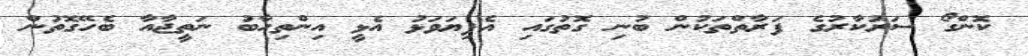
ކޮންގޯ ސަރުކާރުގެ ފަރާތްތަކުން ބުނި ގޮތުގައި އެފިޔަވަޅު އެޅީ އިންތިހާބު ނަތީޖާއާ ބެހޭގޮތުން